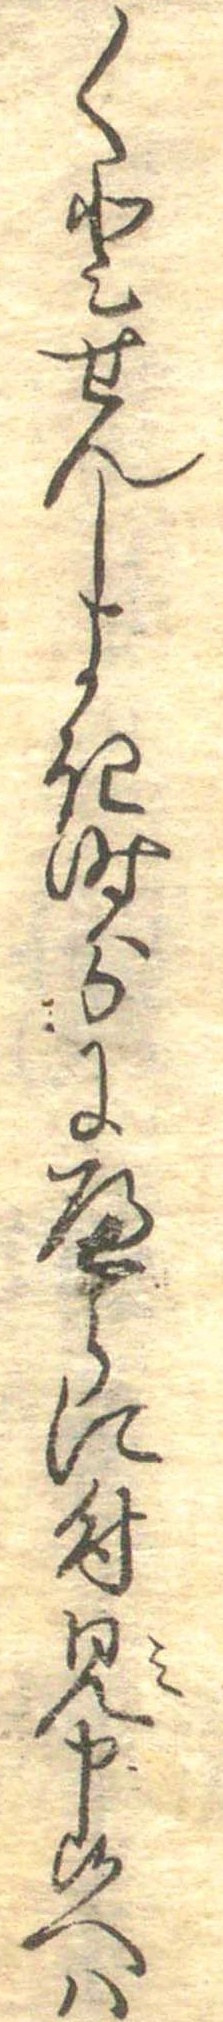
〱とせんしよき時分にへらに付見申候へは